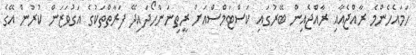
ހަމައެހެންމެ ރާއްޖެއާއި ރާއްޖެއިން ބޭރުގައި ކަސްޓަމްސްއަށް ރީތިނަންހޯދައިދޭ ފަރާތްތަކުގެ އަގުވަޒަން ކުރުން އޭގެ